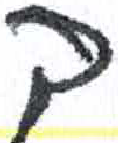
אות: ך